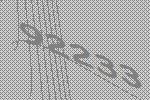
92233